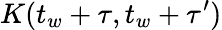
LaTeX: K(t_{w}+\tau,t_{w}+\tau^{\prime})